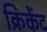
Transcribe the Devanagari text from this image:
क्रिकेंट